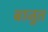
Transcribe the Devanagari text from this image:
बाजुत